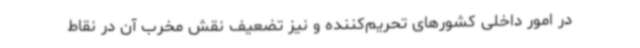
در امور داخلی کشورهای تحریم‌کننده و نیز تضعیف نقش مخرب آن در نقاط